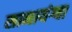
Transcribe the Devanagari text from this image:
सानायंग्बा